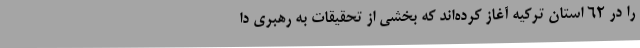
را در ۶۲ استان ترکیه آغاز کرده‌اند که بخشی از تحقیقات به رهبری دا